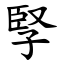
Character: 孯